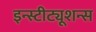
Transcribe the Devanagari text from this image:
इन्स्टीट्यूशन्स